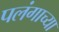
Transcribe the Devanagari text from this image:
पलंगाच्या